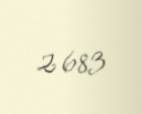
2 683